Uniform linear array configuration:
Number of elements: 4
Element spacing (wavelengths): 0.25
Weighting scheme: cosine
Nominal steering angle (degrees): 0
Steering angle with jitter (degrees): -1.792
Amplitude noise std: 0.05
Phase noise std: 0.05

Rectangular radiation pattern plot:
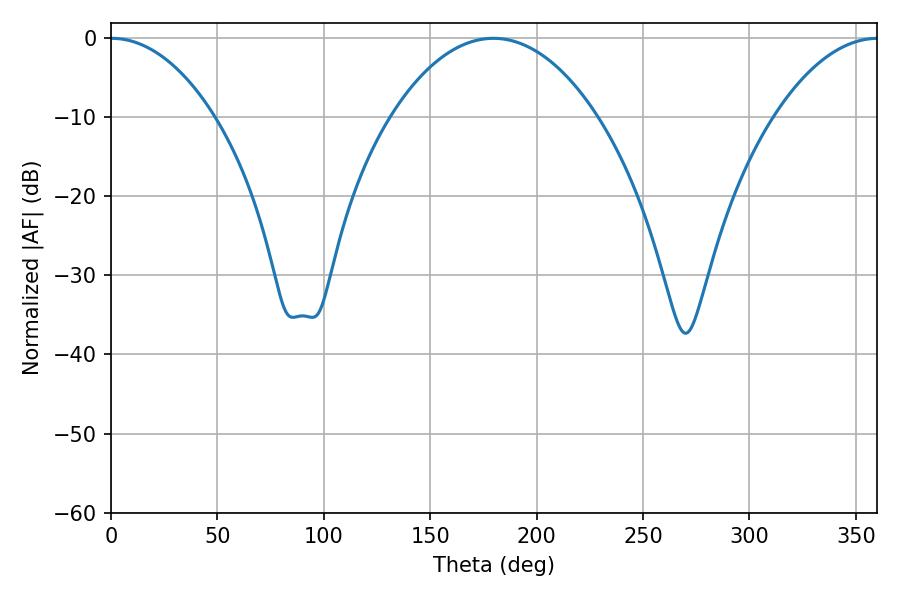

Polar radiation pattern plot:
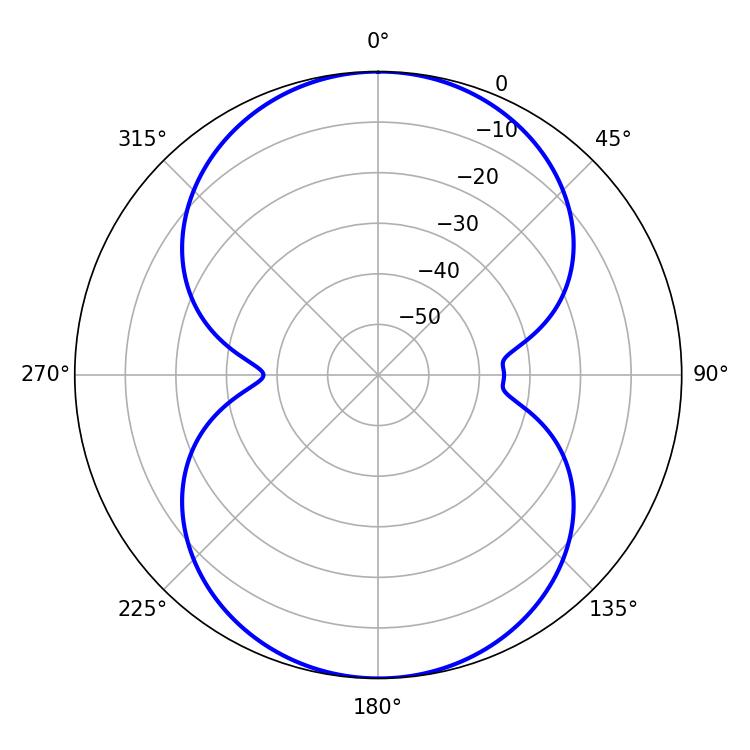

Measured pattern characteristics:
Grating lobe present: FALSE
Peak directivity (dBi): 26.967
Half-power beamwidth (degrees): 27.36
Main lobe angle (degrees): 0.36